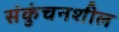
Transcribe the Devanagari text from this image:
संकुंचनशील